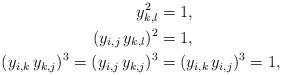
LaTeX: \begin{align*}y_{k,l}^2 &= 1,\\(y_{i,j} \, y_{k, l})^2 &= 1,\\(y_{i,k} \, y_{k,j})^3 = (y_{i,j} \, y_{k,j})^3 &= (y_{i,k} \, y_{i,j})^3 = 1,\end{align*}